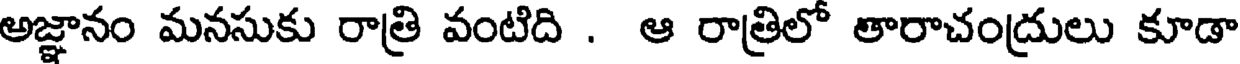
అజ్ఞానం మనసుకు రాత్రి వంటిది . ఆ రాత్రిలో తారాచంద్రులు కూడా